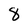
Character: 8